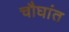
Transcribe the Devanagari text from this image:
चौघांत